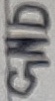
Text: GND